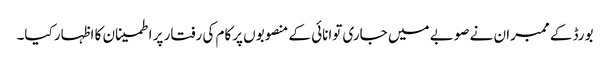
بورڈ کے ممبران نے صوبے میں جاری توانائی کے منصوبوں پرکام کی رفتار پر اطمینان کا اظہار کیا۔